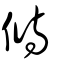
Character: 偫